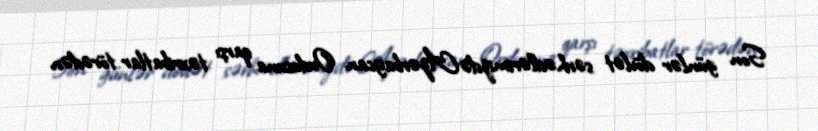
Son günlər dövlət sərhədlərimizdə Azərbaycan Ordusuna qarşı təxribatlar törədən